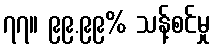
၇၇။ ၉၉.၉၉% သန့်စင်မှု